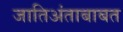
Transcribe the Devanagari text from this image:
जातिअंताबाबत